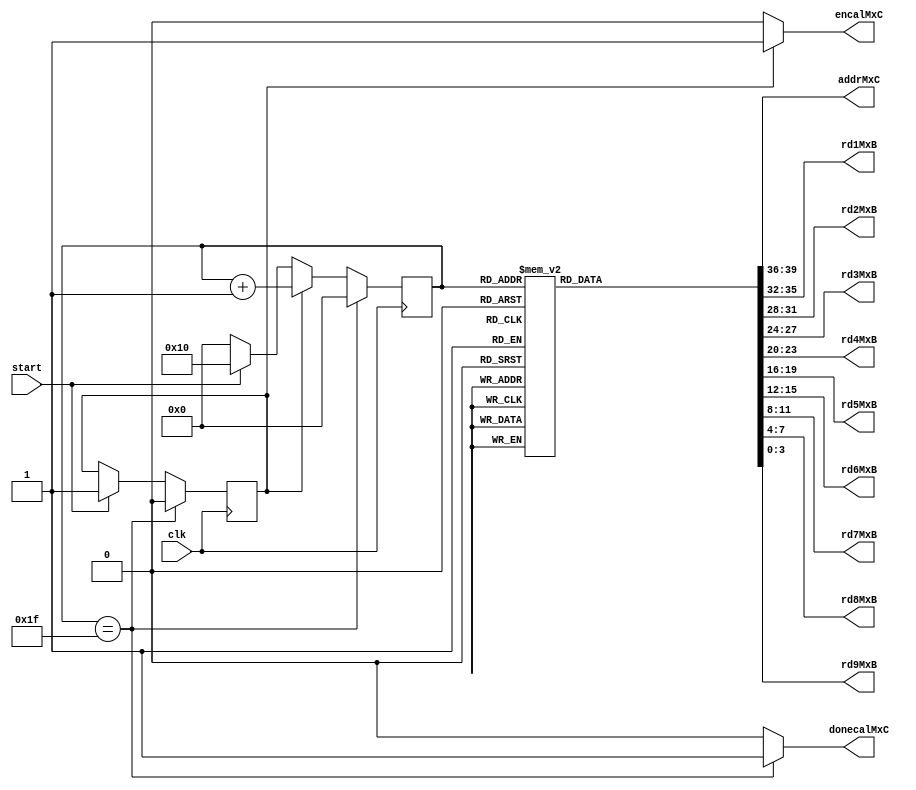
module control_calMatrixC(
	input clk, start,
	output encalMxC,donecalMxC,
	output reg [3:0] addrMxC,
	output reg [3:0] rd1MxB,rd2MxB,rd3MxB,rd4MxB,rd5MxB,rd6MxB,rd7MxB,rd8MxB,rd9MxB
);
	reg OK;
	reg [4:0] state;
	 
	always @(posedge clk) begin
		if (start) begin
			OK <= 1'b1;
			state <= 5'b10000;
		 end
		else
			state <= 5'b00000;
		if (OK) begin 
			state <= state + 1;
		end 
		if (state==5'b11111) begin
			state <= 5'b00000;
			OK <= 0; 
		end 
	end 
	
	always@(state)begin
		case(state)
		5'b10000: {addrMxC,rd1MxB,rd2MxB,rd3MxB,rd4MxB,rd5MxB,rd6MxB,rd7MxB,rd8MxB,rd9MxB} = {4'd0 , 4'd5, 4'd6, 4'd7, 4'd9,	4'd10, 4'd11, 4'd13,	4'd14, 4'd15};
 		5'b10001: {addrMxC,rd1MxB,rd2MxB,rd3MxB,rd4MxB,rd5MxB,rd6MxB,rd7MxB,rd8MxB,rd9MxB} = {4'd1 , 4'd4, 4'd6,	4'd7,	4'd8,	4'd10, 4'd11, 4'd12,	4'd14, 4'd15}; 
		5'b10010: {addrMxC,rd1MxB,rd2MxB,rd3MxB,rd4MxB,rd5MxB,rd6MxB,rd7MxB,rd8MxB,rd9MxB} = {4'd2 , 4'd4, 4'd5,	4'd7,	4'd8,	4'd9 , 4'd11, 4'd12,	4'd13, 4'd15};
		5'b10011: {addrMxC,rd1MxB,rd2MxB,rd3MxB,rd4MxB,rd5MxB,rd6MxB,rd7MxB,rd8MxB,rd9MxB} = {4'd3 , 4'd4, 4'd5,	4'd6,	4'd8,	4'd9 , 4'd10, 4'd12,	4'd13, 4'd14};
		5'b10100: {addrMxC,rd1MxB,rd2MxB,rd3MxB,rd4MxB,rd5MxB,rd6MxB,rd7MxB,rd8MxB,rd9MxB} = {4'd4 , 4'd1, 4'd2,	4'd3,	4'd9,	4'd10, 4'd11, 4'd13,	4'd14, 4'd15};
		5'b10101: {addrMxC,rd1MxB,rd2MxB,rd3MxB,rd4MxB,rd5MxB,rd6MxB,rd7MxB,rd8MxB,rd9MxB} = {4'd5 , 4'd0, 4'd2,	4'd3,	4'd8,	4'd10, 4'd11, 4'd12,	4'd14, 4'd15};
		5'b10110: {addrMxC,rd1MxB,rd2MxB,rd3MxB,rd4MxB,rd5MxB,rd6MxB,rd7MxB,rd8MxB,rd9MxB} = {4'd6 , 4'd0, 4'd1,	4'd3,	4'd8,	4'd9 , 4'd11, 4'd12,	4'd13, 4'd15};
		5'b10111: {addrMxC,rd1MxB,rd2MxB,rd3MxB,rd4MxB,rd5MxB,rd6MxB,rd7MxB,rd8MxB,rd9MxB} = {4'd7 , 4'd0, 4'd1,	4'd2,	4'd8,	4'd9 , 4'd10, 4'd12,	4'd13, 4'd14};
		5'b11000: {addrMxC,rd1MxB,rd2MxB,rd3MxB,rd4MxB,rd5MxB,rd6MxB,rd7MxB,rd8MxB,rd9MxB} = {4'd8 , 4'd1, 4'd2,	4'd3,	4'd5,	4'd6 , 4'd7	, 4'd13,	4'd14, 4'd15};
		5'b11001: {addrMxC,rd1MxB,rd2MxB,rd3MxB,rd4MxB,rd5MxB,rd6MxB,rd7MxB,rd8MxB,rd9MxB} = {4'd9 , 4'd0, 4'd2,	4'd3,	4'd4,	4'd6 , 4'd7	, 4'd12,	4'd14, 4'd15};
		5'b11010: {addrMxC,rd1MxB,rd2MxB,rd3MxB,rd4MxB,rd5MxB,rd6MxB,rd7MxB,rd8MxB,rd9MxB} = {4'd10, 4'd0, 4'd1,	4'd3,	4'd4,	4'd5 , 4'd7	, 4'd12,	4'd13, 4'd15};
		5'b11011: {addrMxC,rd1MxB,rd2MxB,rd3MxB,rd4MxB,rd5MxB,rd6MxB,rd7MxB,rd8MxB,rd9MxB} = {4'd11, 4'd0, 4'd1,	4'd2,	4'd4,	4'd5 , 4'd6	, 4'd12,	4'd13, 4'd14};
		5'b11100: {addrMxC,rd1MxB,rd2MxB,rd3MxB,rd4MxB,rd5MxB,rd6MxB,rd7MxB,rd8MxB,rd9MxB} = {4'd12, 4'd1, 4'd2,	4'd3,	4'd5,	4'd6 , 4'd7	, 4'd9 ,	4'd10, 4'd11};
		5'b11101: {addrMxC,rd1MxB,rd2MxB,rd3MxB,rd4MxB,rd5MxB,rd6MxB,rd7MxB,rd8MxB,rd9MxB} = {4'd13, 4'd0, 4'd2,	4'd3,	4'd4,	4'd6 , 4'd7	, 4'd8 ,	4'd10, 4'd11};
		5'b11110: {addrMxC,rd1MxB,rd2MxB,rd3MxB,rd4MxB,rd5MxB,rd6MxB,rd7MxB,rd8MxB,rd9MxB} = {4'd14, 4'd0, 4'd1,	4'd3,	4'd4,	4'd5 , 4'd7	, 4'd8 ,	4'd9 , 4'd11};
		5'b11111: {addrMxC,rd1MxB,rd2MxB,rd3MxB,rd4MxB,rd5MxB,rd6MxB,rd7MxB,rd8MxB,rd9MxB} = {4'd15, 4'd0, 4'd1,	4'd2,	4'd4,	4'd5 , 4'd6	, 4'd8 ,	4'd9 , 4'd10};
		default: {addrMxC,rd1MxB,rd2MxB,rd3MxB,rd4MxB,rd5MxB,rd6MxB,rd7MxB,rd8MxB,rd9MxB} = 40'hz;  
		endcase 
	end
	
	assign donecalMxC = (state==5'b11111) ? 1'b1 : 1'b0; 
	assign encalMxC = OK ? 1'b1 : 1'b0;

endmodule